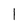
Character: l